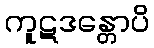
ကူဋဒန္တောပိ